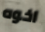
اخوه